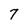
Character: 7